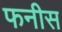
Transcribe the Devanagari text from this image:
फनीस